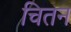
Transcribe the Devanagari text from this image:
चितन